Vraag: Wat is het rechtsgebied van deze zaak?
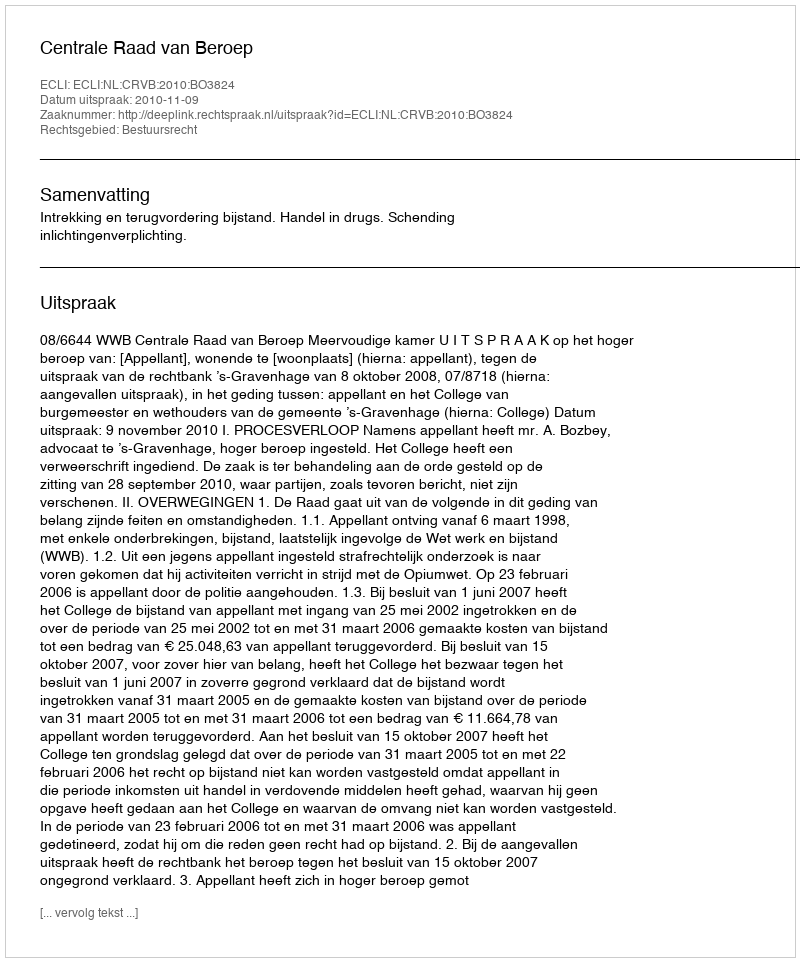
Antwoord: Bestuursrecht